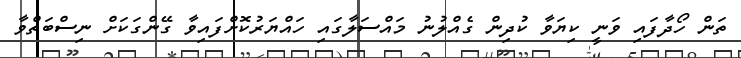
ތަން ހޯދާފައި ވަނީ ކިޔަވާ ކުދިން ގެއްލުނު މައްސަލާގައި ހައްޔަރުކޮށްފައިވާ ގޭންގަކަށް ނިސްބަތްވާ